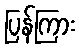
ပြန်ကြား